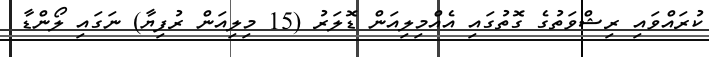
ކުރައްވައި ރިޝްވަތުގެ ގޮތުގައި އެއްމިލިއަން ޑޮލަރު (15 މިލިއަން ރުފިޔާ) ނަގައި ލޯންޑާ